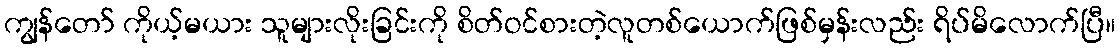
ကျွန်တော် ကိုယ့်မယား သူများလိုးခြင်းကို စိတ်ဝင်စားတဲ့လူတစ်ယောက်ဖြစ်မှန်းလည်း ရိပ်မိလောက်ပြီ။